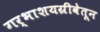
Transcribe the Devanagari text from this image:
गर्भाशयग्रीवेतून